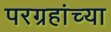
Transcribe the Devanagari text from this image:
परग्रहांच्या